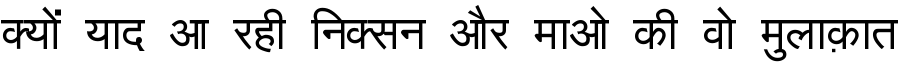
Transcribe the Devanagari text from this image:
क्यों याद आ रही निक्सन और माओ की वो मुलाक़ात